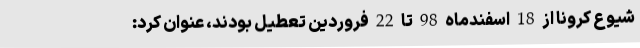
شیوع کرونا از 18 اسفندماه 98 تا 22 فروردین تعطیل بودند، عنوان کرد: